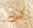
كيف